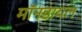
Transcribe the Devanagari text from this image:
मॉनडायल